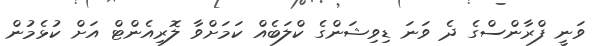
ވަނީ ފްރާންސްގެ ދެ ވަނަ ޑިވިޝަންގެ ކްލަބެއް ކަމަށްވާ ލޮރިއެންޓް އަށް ކުޅެމުން